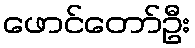
ဖောင်တော်ဦး